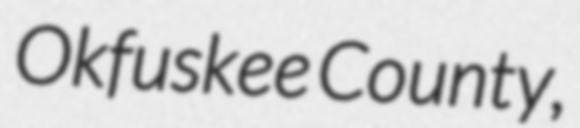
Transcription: Okfuskee County,